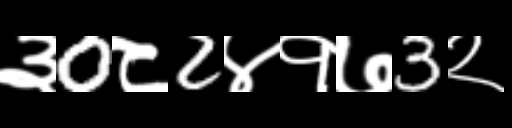
Text: ३0८2४१७3२